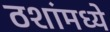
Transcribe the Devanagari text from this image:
ठशांमध्ये